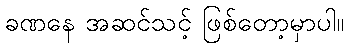
ခဏနေ အဆင်သင့် ဖြစ်တော့မှာပါ။